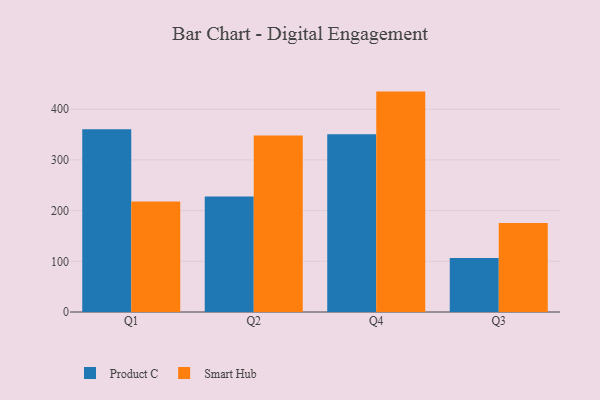
{"axis": {"x": "Quarter", "y": "Headcount"}, "legend": ["Product C", "Smart Hub"], "data": [{"x": "Q1", "y": 360.7, "type": "Product C"}, {"x": "Q1", "y": 218.2, "type": "Smart Hub"}, {"x": "Q2", "y": 227.8, "type": "Product C"}, {"x": "Q2", "y": 348.2, "type": "Smart Hub"}, {"x": "Q4", "y": 350.7, "type": "Product C"}, {"x": "Q4", "y": 434.8, "type": "Smart Hub"}, {"x": "Q3", "y": 106.4, "type": "Product C"}, {"x": "Q3", "y": 175.4, "type": "Smart Hub"}]}